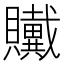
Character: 𲂸